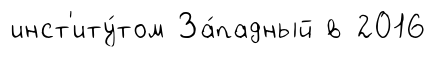
инст'иту́том За́падный в 2016